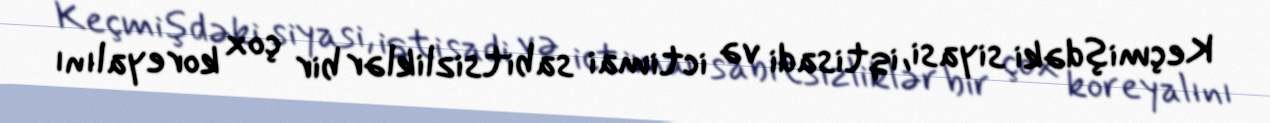
Keçmişdəki siyasi, iqtisadi və ictimai sabitsizliklər bir çox koreyalını